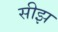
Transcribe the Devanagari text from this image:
सीझ